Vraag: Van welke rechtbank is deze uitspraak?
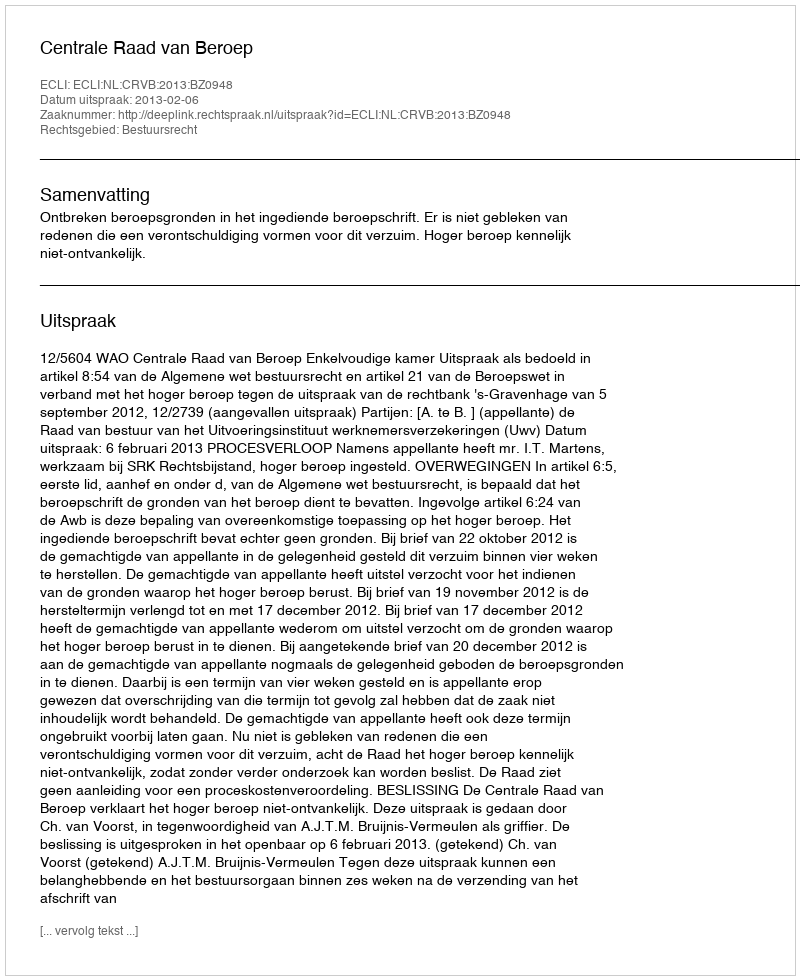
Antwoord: Centrale Raad van Beroep